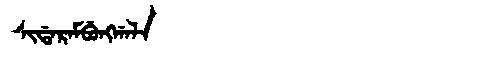
Manchu: ᠰᡳᡩᠠᡵᠠᠮᠪᡠᠩᡤᠠᠯᠠ
Romanization: SIDARAMBUNGGALA